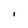
Character: I